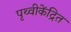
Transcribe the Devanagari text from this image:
पृथ्वीकेंद्रित